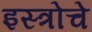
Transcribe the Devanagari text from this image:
इस्त्रोचे